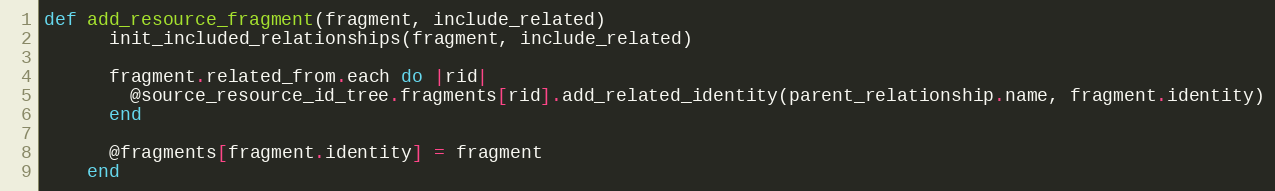
Language: Ruby
def add_resource_fragment(fragment, include_related)
      init_included_relationships(fragment, include_related)

      fragment.related_from.each do |rid|
        @source_resource_id_tree.fragments[rid].add_related_identity(parent_relationship.name, fragment.identity)
      end

      @fragments[fragment.identity] = fragment
    end